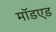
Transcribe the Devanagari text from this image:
मॉडएड